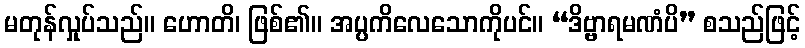
မတုန်လှုပ်သည်။ ဟောတိ၊ ဖြစ်၏။ အပ္ပကိလေသောကိုပင်။ “ဒိဗ္ဗာရမဏံပိ” စသည်ဖြင့်